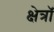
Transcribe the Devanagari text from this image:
क्षेत्रॉ